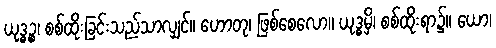
ယုဒ္ဓဉ္စ၊ စစ်ထိုးခြင်းသည်သာလျှင်။ ဟောတု၊ ဖြစ်စေလော။ ယုဒ္ဓမှိ၊ စစ်ထိုးရာ၌။ ယော၊